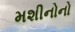
મશીનોનો